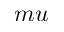
m u